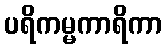
ပရိကမ္မကာရိကာ